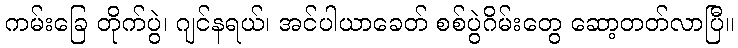
ကမ်းခြေ တိုက်ပွဲ၊ ဂျင်နရယ်၊ အင်ပါယာခေတ် စစ်ပွဲဂိမ်းတွေ ဆော့တတ်လာပြီ။